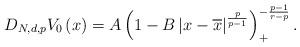
LaTeX: \begin{align*}D_{N,d,p}V_{0}\left( x\right) =A\left( 1-B\left\vert x-\overline{x}\right\vert ^{\frac{p}{p-1}}\right) _{+}^{-\frac{p-1}{r-p}}.\end{align*}